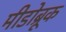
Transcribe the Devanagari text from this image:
मीडोब्रूक